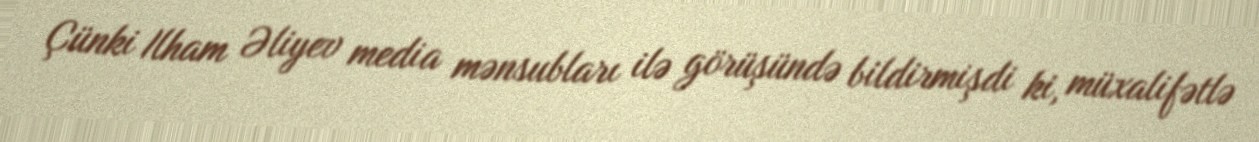
Çünki Ilham Əliyev media mənsubları ilə görüşündə bildirmişdi ki, müxalifətlə